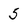
Character: 5